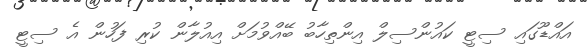
އައްޑޫގައި ސިޓީ ކައުންސިލް އިންތިހާބު ބޭއްވުމަށް އިއުލާން ކުރި ފަހުން އެ ސިޓީ